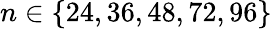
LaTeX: n\in\{ 24,36,48,72,96\}